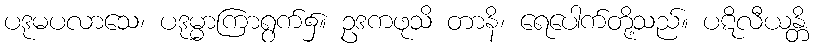
ပဒုမပလာသေ၊ ပဒုမ္မာကြာရွက်၌။ ဥဒကဖုသိ တာနိ၊ ရေပေါက်တို့သည်။ ပဋိလီယန္တိ